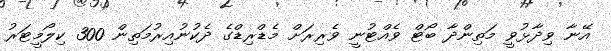
އޭނާ ވިދާޅުވީ މަތިންދާ ބޯޓް ވެއްޓުނީ ވެރިރަށް މެޑްރިޑްގެ ދެކުނުއިރުމަތިން 300 ކިލޯމީޓަރު